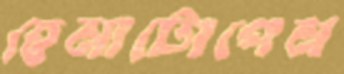
হেমাটোপেন